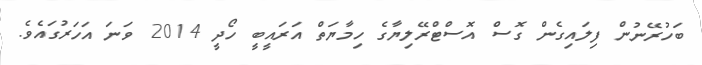
ބަހުރޭނުން ފިލައިގެން ގޮސް އޮސްޓްރޭލިޔާގެ ހިމާޔަތް އަރައީބީ ހޯދީ 2014 ވަނަ އަހަރުގައެވެ.